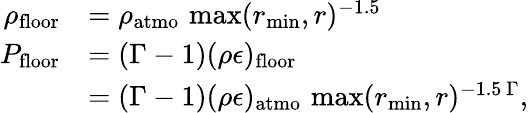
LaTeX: \begin{array}{rl}{\rho_{\mathrm{floor}}}&{=\rho_{\mathrm{atmo}}\, \operatorname*{max}(r_{\mathrm{min}},r)^{-1.5}}\\ {P_{\mathrm{floor}}}&{=(\Gamma-1)(\rho\epsilon)_{\mathrm{floor}}}\\ &{=(\Gamma-1)(\rho\epsilon)_{\mathrm{atmo}}\, \operatorname*{max}(r_{\mathrm{min}},r)^{-1.5\, \Gamma},}\end{array}